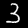
Label: 3